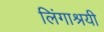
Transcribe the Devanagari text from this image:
लिंगाश्रयी